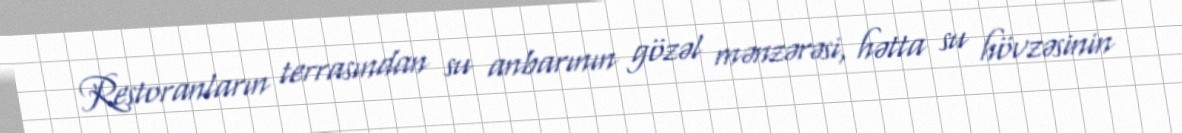
Restoranların terrasından su anbarının gözəl mənzərəsi, hətta su hövzəsinin